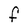
Character: F